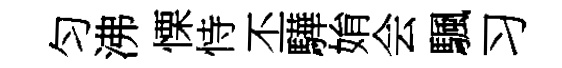
匀沸慄恃丕驊姢会颿习